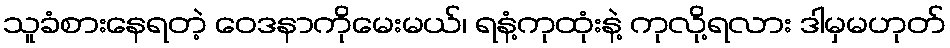
သူခံစားနေရတဲ့ ဝေဒနာကိုမေးမယ်၊ ရနံ့ကုထုံးနဲ့ ကုလို့ရလား ဒါမှမဟုတ်